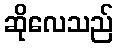
ဆိုလေသည်